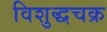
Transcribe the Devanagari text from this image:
विशुद्धचक्र